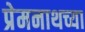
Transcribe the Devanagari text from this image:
प्रेमनाथच्या